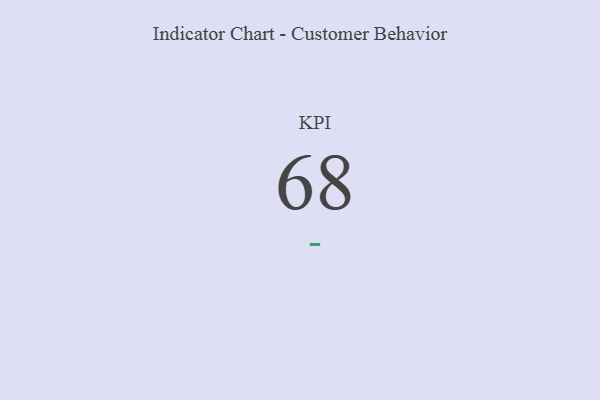
{"axis": {"x": "KPI", "y": "Value"}, "legend": [""], "data": [{"x": "KPI", "y": 68, "type": ""}]}